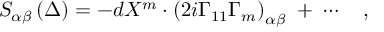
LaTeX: S _ { \alpha \beta } \left( \Delta \right) = - d X ^ { m } \cdot \left( 2 i \Gamma _ { 1 1 } \Gamma _ { m } \right) _ { \alpha \beta } \; + \; \cdots \quad ,